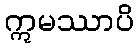
ဣမဿာပိ